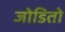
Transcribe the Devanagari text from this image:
जोडितो